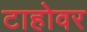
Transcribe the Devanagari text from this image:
टाहोवर